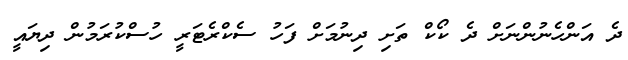
ދެ އަންހެނުންނަށް ދެ ކޯކް ތަށި ދިނުމަށް ފަހު ސެކްރެޓަރީ ހުސްކުރަމުން ދިޔައީ